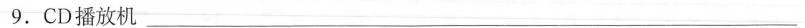
9.CD播放机